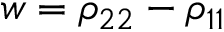
w = \rho _ { 2 2 } - \rho _ { 1 1 }